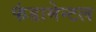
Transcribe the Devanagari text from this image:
फंडामेन्टल